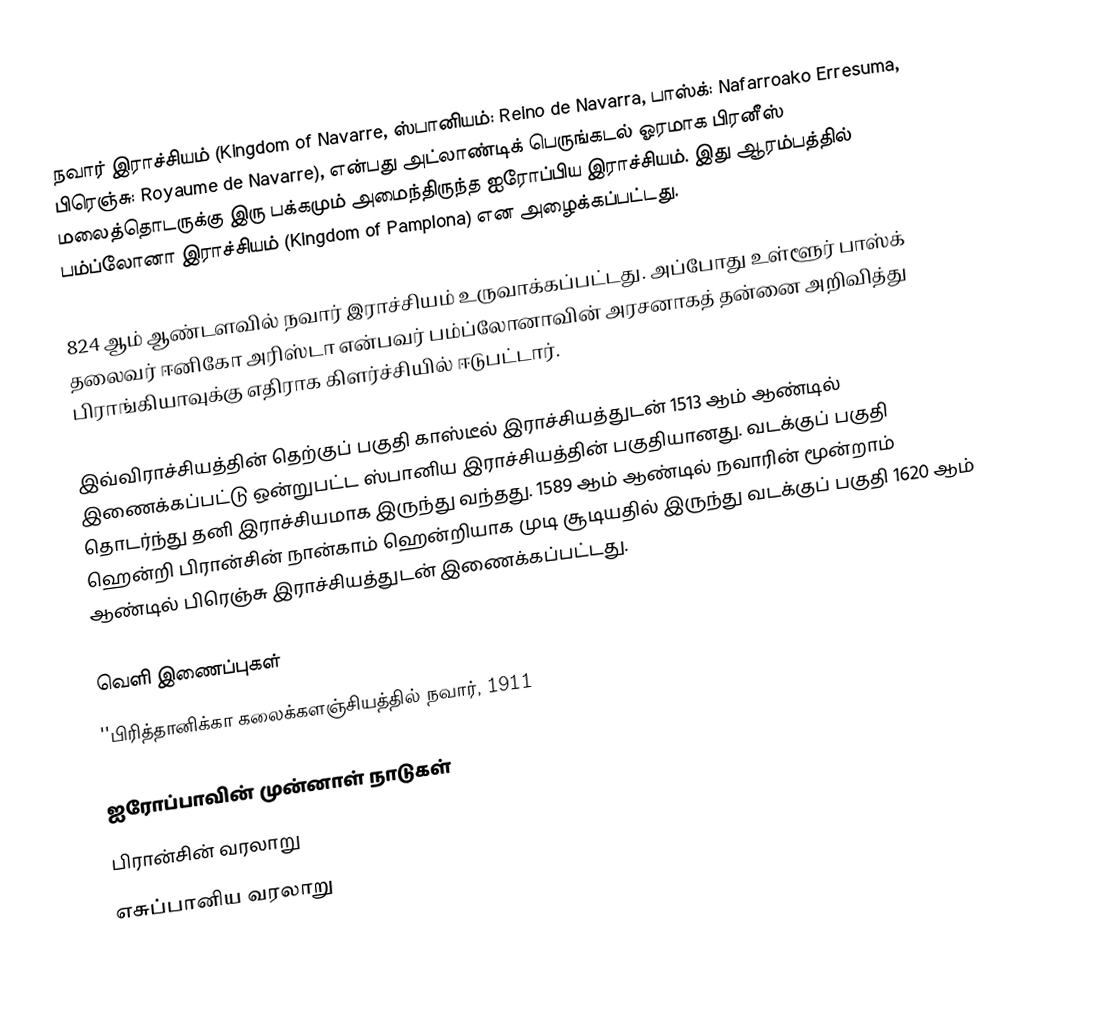
நவார் இராச்சியம் (Kingdom of Navarre, ஸ்பானியம்: Reino de Navarra, பாஸ்க்: Nafarroako Erresuma, பிரெஞ்சு: Royaume de Navarre), என்பது அட்லாண்டிக் பெருங்கடல் ஓரமாக பிரனீஸ் மலைத்தொடருக்கு இரு பக்கமும் அமைந்திருந்த ஐரோப்பிய இராச்சியம். இது ஆரம்பத்தில் பம்ப்லோனா இராச்சியம் (Kingdom of Pamplona) என அழைக்கப்பட்டது.

824 ஆம் ஆண்டளவில் நவார் இராச்சியம் உருவாக்கப்பட்டது. அப்போது உள்ளூர் பாஸ்க் தலைவர் ஈனிகோ அரிஸ்டா என்பவர் பம்ப்லோனாவின் அரசனாகத் தன்னை அறிவித்து பிராங்கியாவுக்கு எதிராக கிளர்ச்சியில் ஈடுபட்டார்.

இவ்விராச்சியத்தின் தெற்குப் பகுதி காஸ்டீல் இராச்சியத்துடன் 1513 ஆம் ஆண்டில் இணைக்கப்பட்டு ஒன்றுபட்ட ஸ்பானிய இராச்சியத்தின் பகுதியானது. வடக்குப் பகுதி தொடர்ந்து தனி இராச்சியமாக இருந்து வந்தது. 1589 ஆம் ஆண்டில் நவாரின் மூன்றாம் ஹென்றி பிரான்சின் நான்காம் ஹென்றியாக முடி சூடியதில் இருந்து வடக்குப் பகுதி 1620 ஆம் ஆண்டில் பிரெஞ்சு இராச்சியத்துடன் இணைக்கப்பட்டது.

வெளி இணைப்புகள்
 ''பிரித்தானிக்கா கலைக்களஞ்சியத்தில் நவார், 1911

ஐரோப்பாவின் முன்னாள் நாடுகள்
பிரான்சின் வரலாறு
எசுப்பானிய வரலாறு